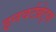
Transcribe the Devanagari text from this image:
इनवर्टब्रेट्स